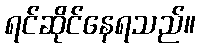
ရင်ဆိုင်နေရသည်။